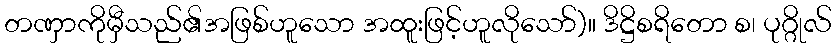
တဏှာကိုမှီသည်၏အဖြစ်ဟူသော အထူးဖြင့်ဟူလိုသော်)။ ဒိဋ္ဌိစရိတော စ၊ ပုဂ္ဂိုလ်